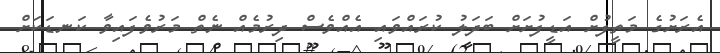
އެރަށުގެ މަތީފުށް އަޑީފުށަށް ބަދަލު ކުރައްވައި އެއްވެސް ދިރުމެއް ނެތް މަރުވެފައިވާ ކަނޑަކަށް